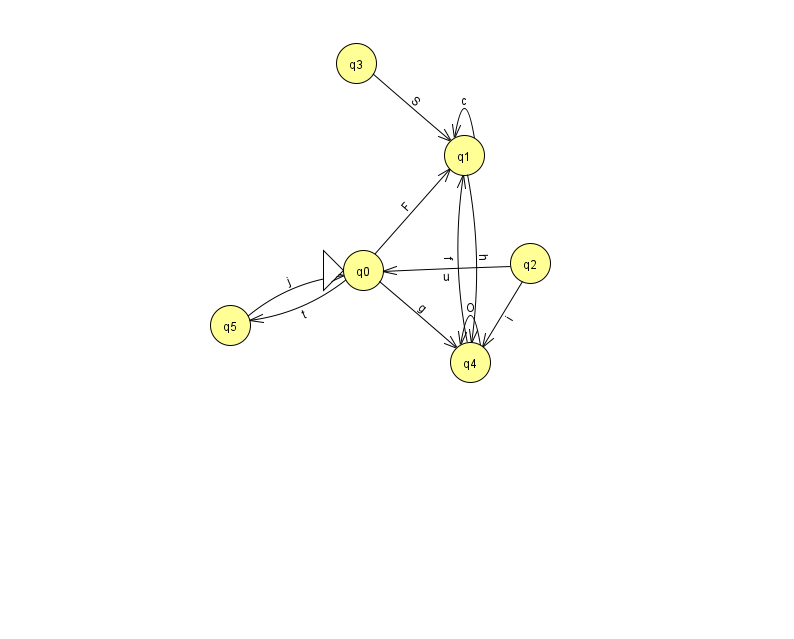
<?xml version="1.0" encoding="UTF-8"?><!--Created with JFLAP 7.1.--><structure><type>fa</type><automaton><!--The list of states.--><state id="0" name="q0"><x>363.0</x><y>257.0</y><initial/></state><state id="1" name="q1"><x>464.0</x><y>142.0</y></state><state id="2" name="q2"><x>530.0</x><y>250.0</y></state><state id="3" name="q3"><x>356.0</x><y>50.0</y></state><state id="4" name="q4"><x>470.0</x><y>349.0</y></state><state id="5" name="q5"><x>230.0</x><y>312.0</y></state><!--The list of transitions.--><transition><from>0</from><to>5</to><read>t</read></transition><transition><from>2</from><to>4</to><read>i</read></transition><transition><from>1</from><to>1</to><read>c</read></transition><transition><from>1</from><to>4</to><read>h</read></transition><transition><from>2</from><to>0</to><read>u</read></transition><transition><from>0</from><to>1</to><read>F</read></transition><transition><from>3</from><to>1</to><read>S</read></transition><transition><from>5</from><to>0</to><read>j</read></transition><transition><from>0</from><to>4</to><read>g</read></transition><transition><from>4</from><to>1</to><read>f</read></transition><transition><from>4</from><to>4</to><read>O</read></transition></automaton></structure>